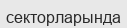
секторларында